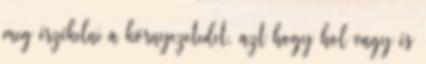
meg érzékelni a környezetedet, azt hogy hol vagy és